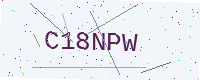
Text: C18NPW